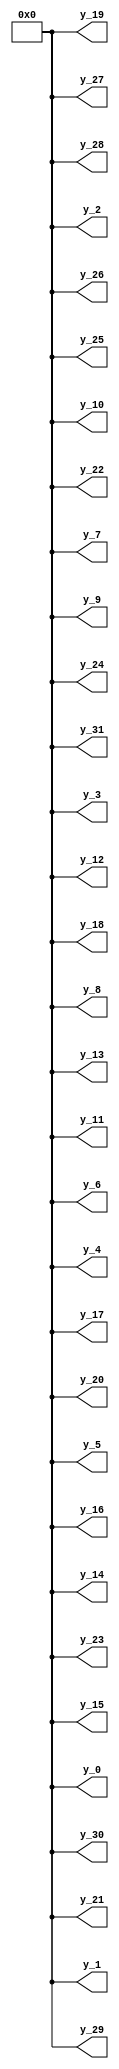
// -------------------------------------------------------------
// 
// 
// Generated by MATLAB 9.14 and HDL Coder 4.1
// 
// -------------------------------------------------------------


// -------------------------------------------------------------
// 
// Module: Zero_Obs_Samples
// Source Path: RSP/RSP/Velocity Processor/Doppler Processing/Zero Obs Samples
// Hierarchy Level: 3
// 
// -------------------------------------------------------------

`timescale 1 ns / 1 ns

module Zero_Obs_Samples
          (y_0,
           y_1,
           y_2,
           y_3,
           y_4,
           y_5,
           y_6,
           y_7,
           y_8,
           y_9,
           y_10,
           y_11,
           y_12,
           y_13,
           y_14,
           y_15,
           y_16,
           y_17,
           y_18,
           y_19,
           y_20,
           y_21,
           y_22,
           y_23,
           y_24,
           y_25,
           y_26,
           y_27,
           y_28,
           y_29,
           y_30,
           y_31);


  output  [15:0] y_0;  // uint16
  output  [15:0] y_1;  // uint16
  output  [15:0] y_2;  // uint16
  output  [15:0] y_3;  // uint16
  output  [15:0] y_4;  // uint16
  output  [15:0] y_5;  // uint16
  output  [15:0] y_6;  // uint16
  output  [15:0] y_7;  // uint16
  output  [15:0] y_8;  // uint16
  output  [15:0] y_9;  // uint16
  output  [15:0] y_10;  // uint16
  output  [15:0] y_11;  // uint16
  output  [15:0] y_12;  // uint16
  output  [15:0] y_13;  // uint16
  output  [15:0] y_14;  // uint16
  output  [15:0] y_15;  // uint16
  output  [15:0] y_16;  // uint16
  output  [15:0] y_17;  // uint16
  output  [15:0] y_18;  // uint16
  output  [15:0] y_19;  // uint16
  output  [15:0] y_20;  // uint16
  output  [15:0] y_21;  // uint16
  output  [15:0] y_22;  // uint16
  output  [15:0] y_23;  // uint16
  output  [15:0] y_24;  // uint16
  output  [15:0] y_25;  // uint16
  output  [15:0] y_26;  // uint16
  output  [15:0] y_27;  // uint16
  output  [15:0] y_28;  // uint16
  output  [15:0] y_29;  // uint16
  output  [15:0] y_30;  // uint16
  output  [15:0] y_31;  // uint16


  wire [15:0] y [0:31];  // uint16 [32]



  genvar t_0;
  generate
    for(t_0 = 32'sd0; t_0 <= 32'sd31; t_0 = t_0 + 32'sd1) begin:y_gen
      assign y[t_0] = 16'd0;
    end
  endgenerate




  assign y_0 = y[0];

  assign y_1 = y[1];

  assign y_2 = y[2];

  assign y_3 = y[3];

  assign y_4 = y[4];

  assign y_5 = y[5];

  assign y_6 = y[6];

  assign y_7 = y[7];

  assign y_8 = y[8];

  assign y_9 = y[9];

  assign y_10 = y[10];

  assign y_11 = y[11];

  assign y_12 = y[12];

  assign y_13 = y[13];

  assign y_14 = y[14];

  assign y_15 = y[15];

  assign y_16 = y[16];

  assign y_17 = y[17];

  assign y_18 = y[18];

  assign y_19 = y[19];

  assign y_20 = y[20];

  assign y_21 = y[21];

  assign y_22 = y[22];

  assign y_23 = y[23];

  assign y_24 = y[24];

  assign y_25 = y[25];

  assign y_26 = y[26];

  assign y_27 = y[27];

  assign y_28 = y[28];

  assign y_29 = y[29];

  assign y_30 = y[30];

  assign y_31 = y[31];

endmodule  // Zero_Obs_Samples